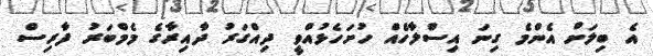
އެ ބިލަށް އެންމެ ގިނަ އިސްލާހެއް ހުށަހެޅުއްވީ ދިއްގަރު ދާއިރާގެ މެމްބަރު ފާރިސް